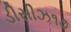
ડીસીઝ૧૭